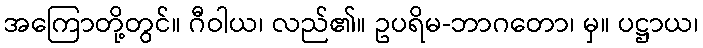
အကြောတို့တွင်။ ဂီဝါယ၊ လည်၏။ ဥပရိမ-ဘာဂတော၊ မှ။ ပဋ္ဌာယ၊